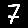
Digit: 7